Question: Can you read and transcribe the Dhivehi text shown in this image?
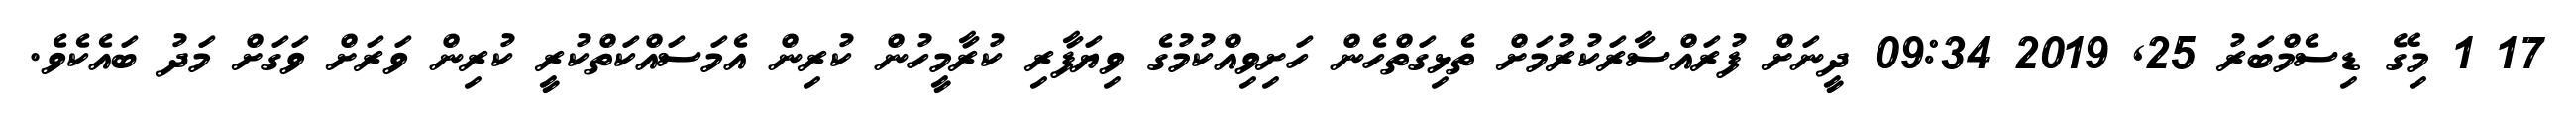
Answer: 17 1 މިގޭ ޑިސެމްބަރު 25, 2019 09:34 ދީނަށް ފުރައްސާރަކުރުމަށް ތެޅިގަތްހެން ހަށިވިއްކުމުގެ ވިޔަފާރި ކުރާމީހުން ކުރިން އެމަސައްކަތްކުރީ ކުރިން ވަރަށް ވަގަށް މަދު ބައެކެވެ.